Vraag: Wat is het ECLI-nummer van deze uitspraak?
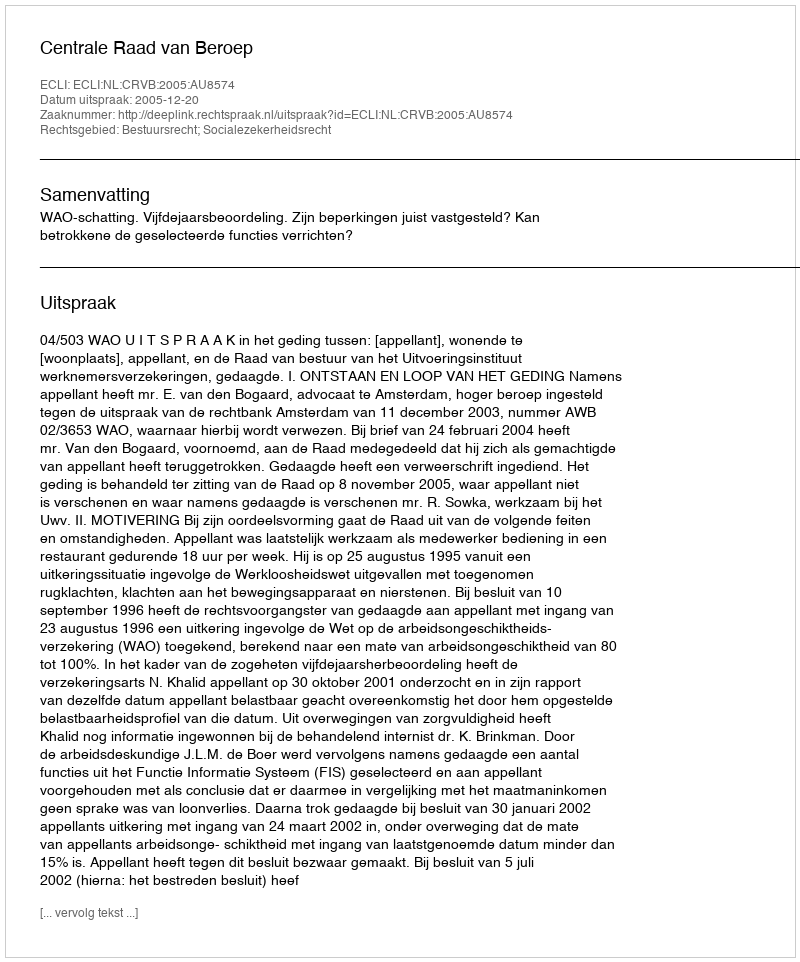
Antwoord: ECLI:NL:CRVB:2005:AU8574